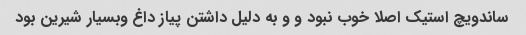
ساندویچ استیک اصلا خوب نبود و و به دلیل داشتن پیاز داغ وبسیار شیرین بود